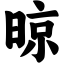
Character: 晾